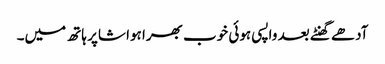
آدھے گھنٹے بعد واپسی ہوئی خوب بھرا ہوا شاپر ہاتھ میں۔